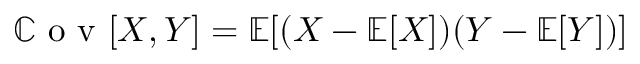
\mathbb { C } \textrm { o v } [ X , Y ] = \mathbb { E } [ ( X - \mathbb { E } [ X ] ) ( Y - \mathbb { E } [ Y ] ) ]